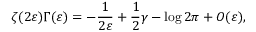
\zeta ( 2 \varepsilon ) \Gamma ( \varepsilon ) = - \frac 1 { 2 \varepsilon } + \frac 1 2 \gamma - \log 2 \pi + O ( \varepsilon ) ,